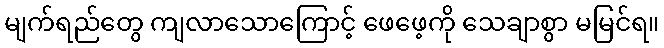
မျက်ရည်တွေ ကျလာသောကြောင့် ဖေဖေ့ကို သေချာစွာ မမြင်ရ။